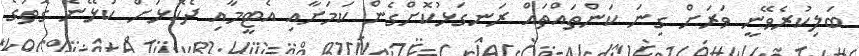
ބަލިކުރެވޭނީ ވަރަށް ގިނަ ކަންތައްތައް ރަނގަޅުކޮށްގެން ކަމަށާއި އެޓީމާއި ދެކޮޅަށް ކުޅޭނެ ގޮތުގެ